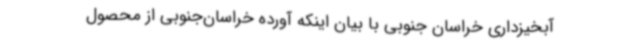
آبخیزداری خراسان جنوبی با بیان اینکه آورده خراسان‌جنوبی از محصول